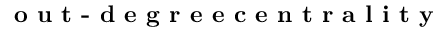
\textbf { o u t - d e g r e e c e n t r a l i t y }